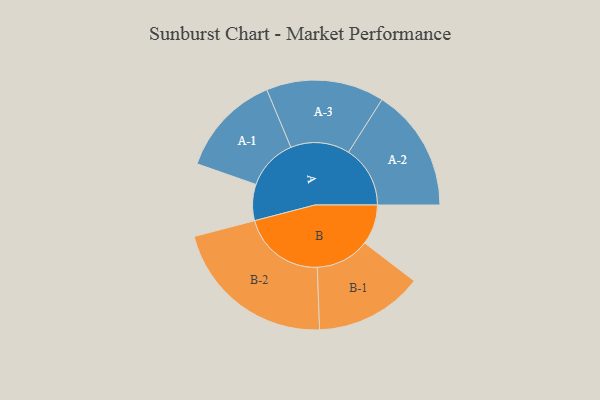
{"axis": {"x": "Segment", "y": "Value"}, "legend": ["", "A", "B"], "data": [{"x": "A", "y": 124, "type": ""}, {"x": "B", "y": 137, "type": ""}, {"x": "A-1", "y": 176, "type": "A"}, {"x": "A-2", "y": 211, "type": "A"}, {"x": "A-3", "y": 202, "type": "A"}, {"x": "B-1", "y": 185, "type": "B"}, {"x": "B-2", "y": 284, "type": "B"}]}